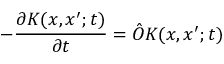
- { \frac { \partial K ( x , x ^ { \prime } ; t ) } { \partial t } } = { \hat { O } } K ( x , x ^ { \prime } ; t )